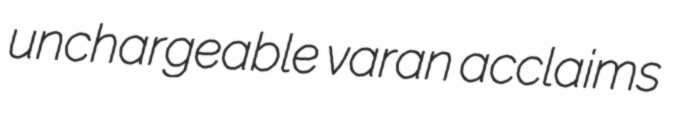
unchargeable varan acclaims